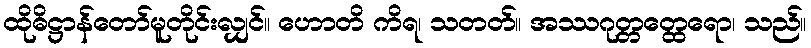
ထိုဓိဋ္ဌာန်တော်မူတိုင်းလျှင်။ ဟောတိ ကိရ၊ သတတ်။ အဿဂုတ္တတ္ထေရော၊ သည်။